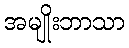
အမျိုးဘာသာ